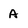
Character: A